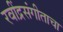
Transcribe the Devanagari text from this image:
रवींद्रसंगीताचा